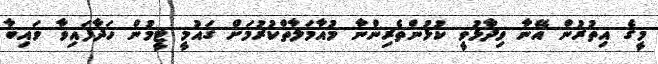
މީގެ އިތުރުން އޭނާ ވިދާޅުވީ ކުޅުންތެރިންނާ މުއާމަލާތްކުރުމަށް ގައުމީ ޓީމުުން ހަދާފައިވާ ވައިބާ